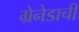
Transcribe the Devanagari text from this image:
ग्रेनेडाची